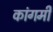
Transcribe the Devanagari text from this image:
कांगमी